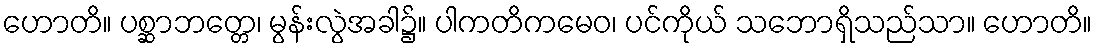
ဟောတိ။ ပစ္ဆာဘတ္တေ၊ မွန်းလွဲအခါ၌။ ပါကတိကမေဝ၊ ပင်ကိုယ် သဘောရှိသည်သာ။ ဟောတိ။